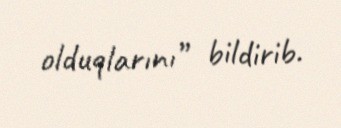
olduqlarını” bildirib.